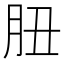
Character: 䏔